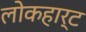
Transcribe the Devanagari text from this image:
लोकहार्ट